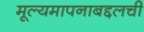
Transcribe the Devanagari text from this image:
मूल्यमापनाबद्दलची